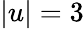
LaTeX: |u|=3